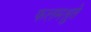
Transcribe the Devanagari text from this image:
फलमश्नुते